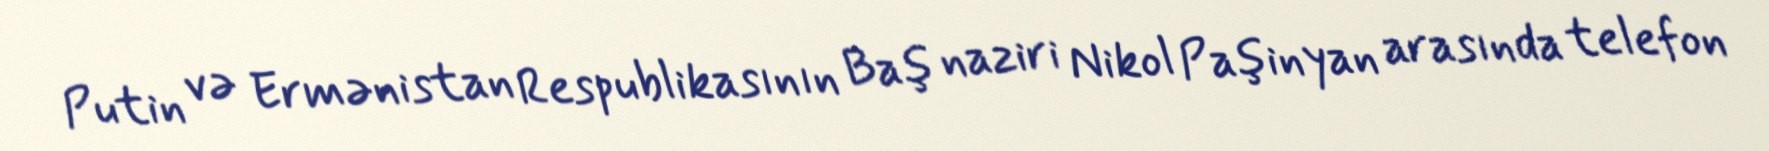
Putin və Ermənistan Respublikasının Baş naziri Nikol Paşinyan arasında telefon